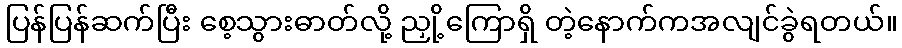
ပြန်ပြန်ဆက်ပြီး စေ့သွားဓာတ်လို့ ညှို့ကြောရှိ တဲ့နောက်ကအလျင်ခွဲရတယ်။